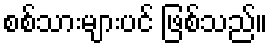
စစ်သားများပင် ဖြစ်သည်။